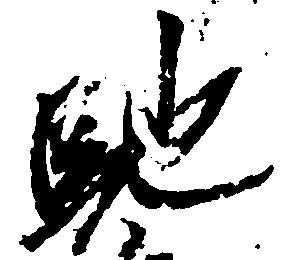
馳